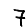
Digit: 7